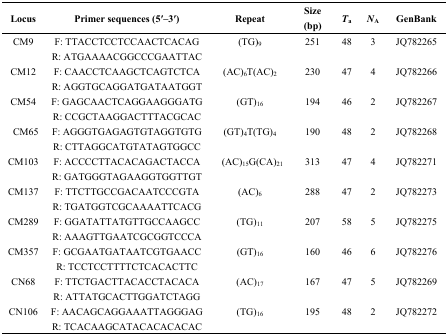
<table><thead><tr><td><b>Locus</b></td><td><b>Primer sequences (5′–3′)</b></td><td><b>Repeat</b></td><td><b>Size (bp)</b></td><td><b><i>T</i><sub>a</sub></b></td><td><b><i>N</i><sub>A</sub></b></td><td><b>GenBank</b></td></tr></thead><tbody><tr><td>CM9</td><td>F: TTACCTCCTCCAACTCACAGR: ATGAAAACGGCCCGAATTAC</td><td>(TG)<sub>9</sub></td><td>251</td><td>48</td><td>3</td><td>JQ782265</td></tr><tr><td>CM12</td><td>F: CAACCTCAAGCTCAGTCTCAR: AGGTGCAGGATGATAATGGT</td><td>(AC)<sub>6</sub>T(AC)<sub>2</sub></td><td>230</td><td>47</td><td>4</td><td>JQ782266</td></tr><tr><td>CM54</td><td>F: GAGCAACTCAGGAAGGGATGR: CCGCTAAGGACTTTACGCAC</td><td>(GT)<sub>16</sub></td><td>194</td><td>46</td><td>2</td><td>JQ782267</td></tr><tr><td>CM65</td><td>F: AGGGTGAGAGTGTAGGTGTGR: CTTAGGCATGTATAGTGGCC</td><td>(GT)<sub>4</sub>T(TG)<sub>4</sub></td><td>190</td><td>48</td><td>2</td><td>JQ782268</td></tr><tr><td>CM103</td><td>F: ACCCCTTACACAGACTACCAR: GATGGGTAGAAGGTGGTTGT</td><td>(AC)<sub>15</sub>G(CA)<sub>21</sub></td><td>313</td><td>47</td><td>4</td><td>JQ782271</td></tr><tr><td>CM137</td><td>F: TTCTTGCCGACAATCCCGTAR: TGATGGTCGCAAAATTCACG</td><td>(AC)<sub>6</sub></td><td>288</td><td>47</td><td>2</td><td>JQ782273</td></tr><tr><td>CM289</td><td>F: GGATATTATGTTGCCAAGCCR: AAAGTTGAATCGCGGTCCCA</td><td>(TG)<sub>11</sub></td><td>207</td><td>58</td><td>5</td><td>JQ782275</td></tr><tr><td>CM357</td><td>F: GCGAATGATAATCGTGAACCR: TCCTCCTTTTCTCACACTTC</td><td>(GT)<sub>16</sub></td><td>160</td><td>46</td><td>6</td><td>JQ782276</td></tr><tr><td>CN68</td><td>F: TTCTGACTTACACCTACACAR: ATTATGCACTTGGATCTAGG</td><td>(AC)<sub>17</sub></td><td>167</td><td>47</td><td>5</td><td>JQ782269</td></tr><tr><td>CN106</td><td>F: AACAGCAGGAAATTAGGGAGR: TCACAAGCATACACACACAC</td><td>(TG)<sub>16</sub></td><td>195</td><td>48</td><td>2</td><td>JQ782272</td></tr></tbody></table>